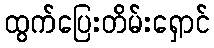
ထွက်ပြေးတိမ်းရှောင်